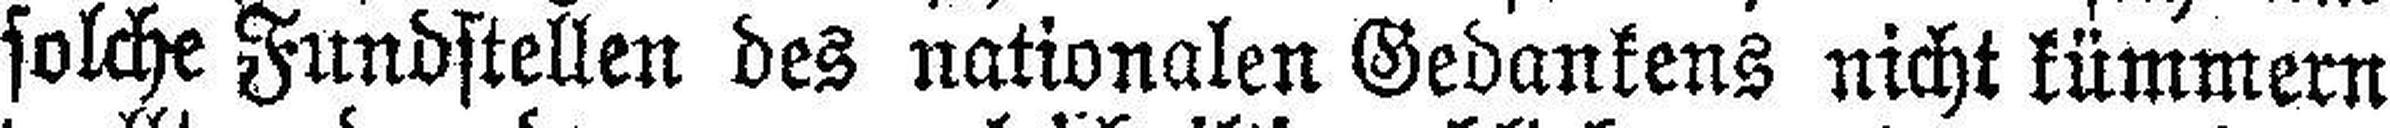
solche Fundstellen des nationalen Gedankens nicht kümmern